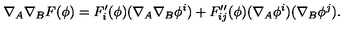
\nabla _ { A } \nabla _ { B } F ( \phi ) = F _ { i } ^ { \prime } ( \phi ) ( \nabla _ { A } \nabla _ { B } \phi ^ { i } ) + F _ { i j } ^ { \prime \prime } ( \phi ) ( \nabla _ { A } \phi ^ { i } ) ( \nabla _ { B } \phi ^ { j } ) .